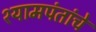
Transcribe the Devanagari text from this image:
श्यामपंतांचे